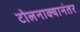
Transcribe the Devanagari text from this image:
टोलनाक्यानंतर